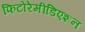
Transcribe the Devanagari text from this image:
फिटोरेमीडिएशन